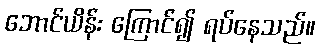
ဘောင်ယိန်း ကြောင်၍ ရပ်နေသည်။